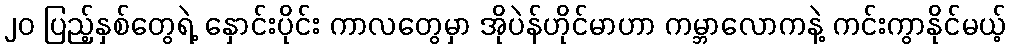
၂၀ ပြည့်နှစ်တွေရဲ့ နှောင်းပိုင်း ကာလတွေမှာ အိုပဲန်ဟိုင်မာဟာ ကမ္ဘာလောကနဲ့ ကင်းကွာနိုင်မယ့်